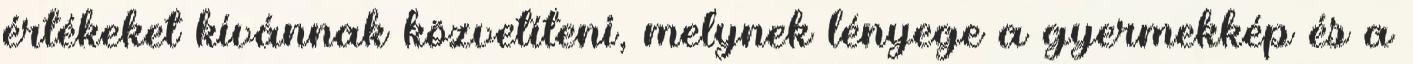
értékeket kívánnak közvetíteni, melynek lényege a gyermekkép és a